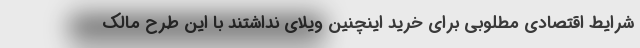
شرایط اقتصادی مطلوبی برای خرید اینچنین ویلای نداشتند با این طرح مالک